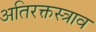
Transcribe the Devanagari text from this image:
अतिरक्तस्त्राव